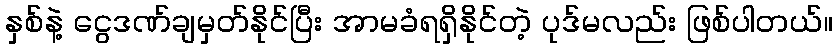
နှစ်နဲ့ ငွေဒဏ်ချမှတ်နိုင်ပြီး အာမခံရရှိနိုင်တဲ့ ပုဒ်မလည်း ဖြစ်ပါတယ်။